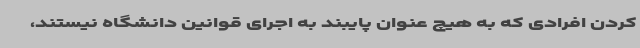
کردن افرادی که به هیچ عنوان پایبند به اجرای قوانین دانشگاه نیستند،